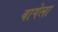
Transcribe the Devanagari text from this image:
बागेला